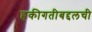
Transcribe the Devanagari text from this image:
हकीगतीबद्दलची